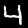
Label: 4